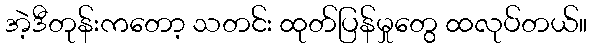
အဲ့ဒီတုန်းကတော့ သတင်း ထုတ်ပြန်မှုတွေ ထလုပ်တယ်။